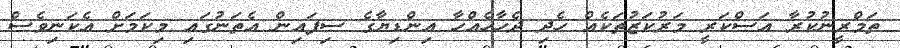
ތަމްރީނުކުރާ އަސްކަރީ މަރުކަޒުތަކެއް ހެދި ދެހާހެއްހާ އިންޑިޔާގެ ސިފައިން އެތަނުގައި މިކަމަށް އެކަނިވެސް